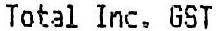
TOTAL INC. GST